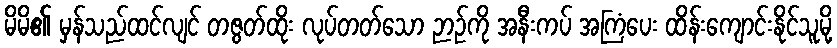
မိမိ၏ မှန်သည်ထင်လျင် တဇွတ်ထိုး လုပ်တတ်သော ဉာဉ်ကို အနီးကပ် အကြံပေး ထိန်းကျောင်းနိုင်သူမို့